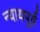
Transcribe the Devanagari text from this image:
न्यायपूर्व